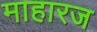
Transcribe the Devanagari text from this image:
माहारज